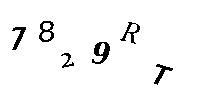
7829RT